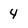
Character: 4